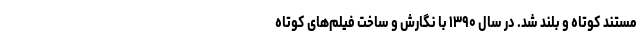
مستند کوتاه و بلند شد. در سال ۱۳۹۰ با نگارش و ساخت فیلم‌های کوتاه